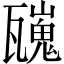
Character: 𱰑